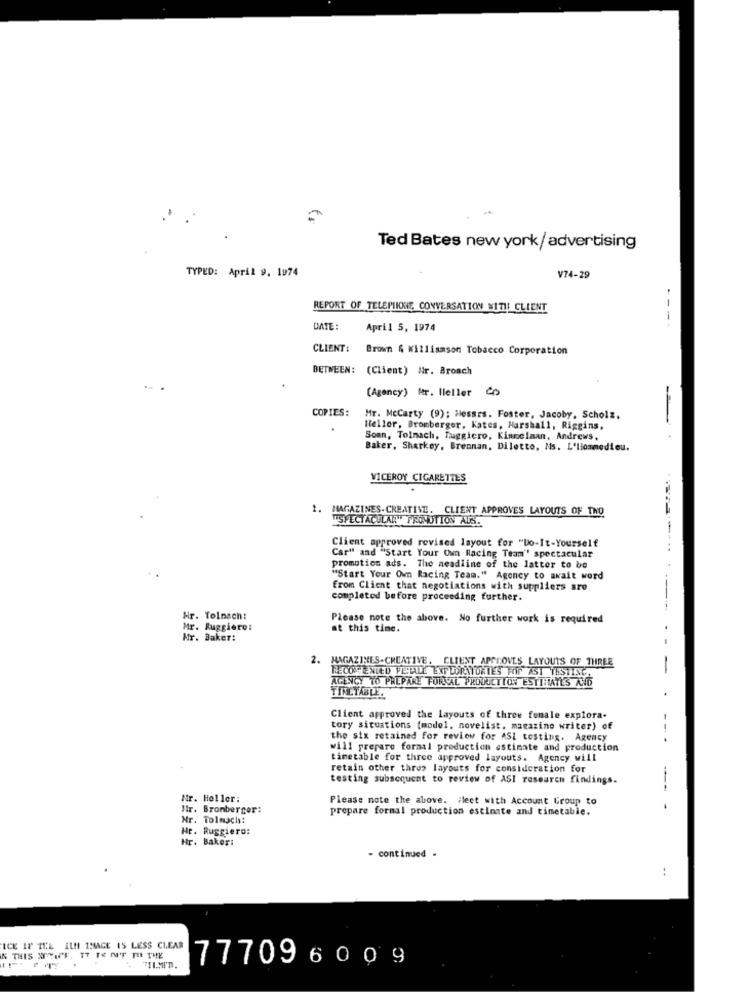
Ted Bates new york/ advertising
TYPED: April 9, 1974
V74-29
REPORT OF TELEPIIONE CONVERSATION WITH CLIENT
---
DATE:
April 5, 1974
CLIENT :
Brown & Williamson Tobacco Corporation
BETWEEN: (Client) Nr. Broach
(Agency) Mr. Ileller Co
COPIES:
Mr. McCarty (9); Messrs. Foster, Jacoby, Scholz.
Heller, Bromberger, Kates, Harshall, Riggins
-
Somn, Tolmach, fuggicro, Kinmeinan, Andrews,
Baker, Sharkey, Brennan, Diletto, Ns. L'lionmedieu.
VICEROY CIGARETTES
1. MAGAZINES-CREATIVE. CLIENT APPROVES LAYOUTS OF TWO
TISPECTACULAR" PROMOTION ALS.
Client approved revised layout for "Do-It-Yourself
Car" and "Start Your Own Racing Team" spectacular
promotion ads. The neadline of the latter to be
"Start Your Own Racing Team." Agency to await word
from Client that negotiations with suppliers are
completed before proceeding further.
-- +
Mr. Tolnach:
Please note the above. No further work is required
Mr. Ruggiero:
at this time.
Mr. Baker:
2.
MAGAZINES-CREATIVE. CLIENT APPROVES LAYOUTS OF THREE
TECORE NIED FETALE EXPLORAYURTES FOR AST TESTING,
-
AGENCY TO PREPARE FORLAL PRODUCTION ESTTHATES AND
TIMETABLE.
Client approved the layouts of three female explora-
tory situations [model, novelist. magazine writer) of
the six retained for review for ASI testing. Agency
will prepare formal production estimate and production
timetable for three approved layouts. Agency will
retain other thres layouts for consideration for
testing subsequent to review of ASI research findings.
---
Nr. Holler:
Please note the above. Heet with Account Group to
Hr. Bromberger:
prepare formal production estimate and timetable.
Nr. Tolmach:
Hr. Ruggiero:
Hr. Baker:
- continued -
:
ICE IF TEL ILH IMAGE IS LESS CLEAR
K THIS WRAPF. IT TE MIT TO THE
777096009
TIL.MED.